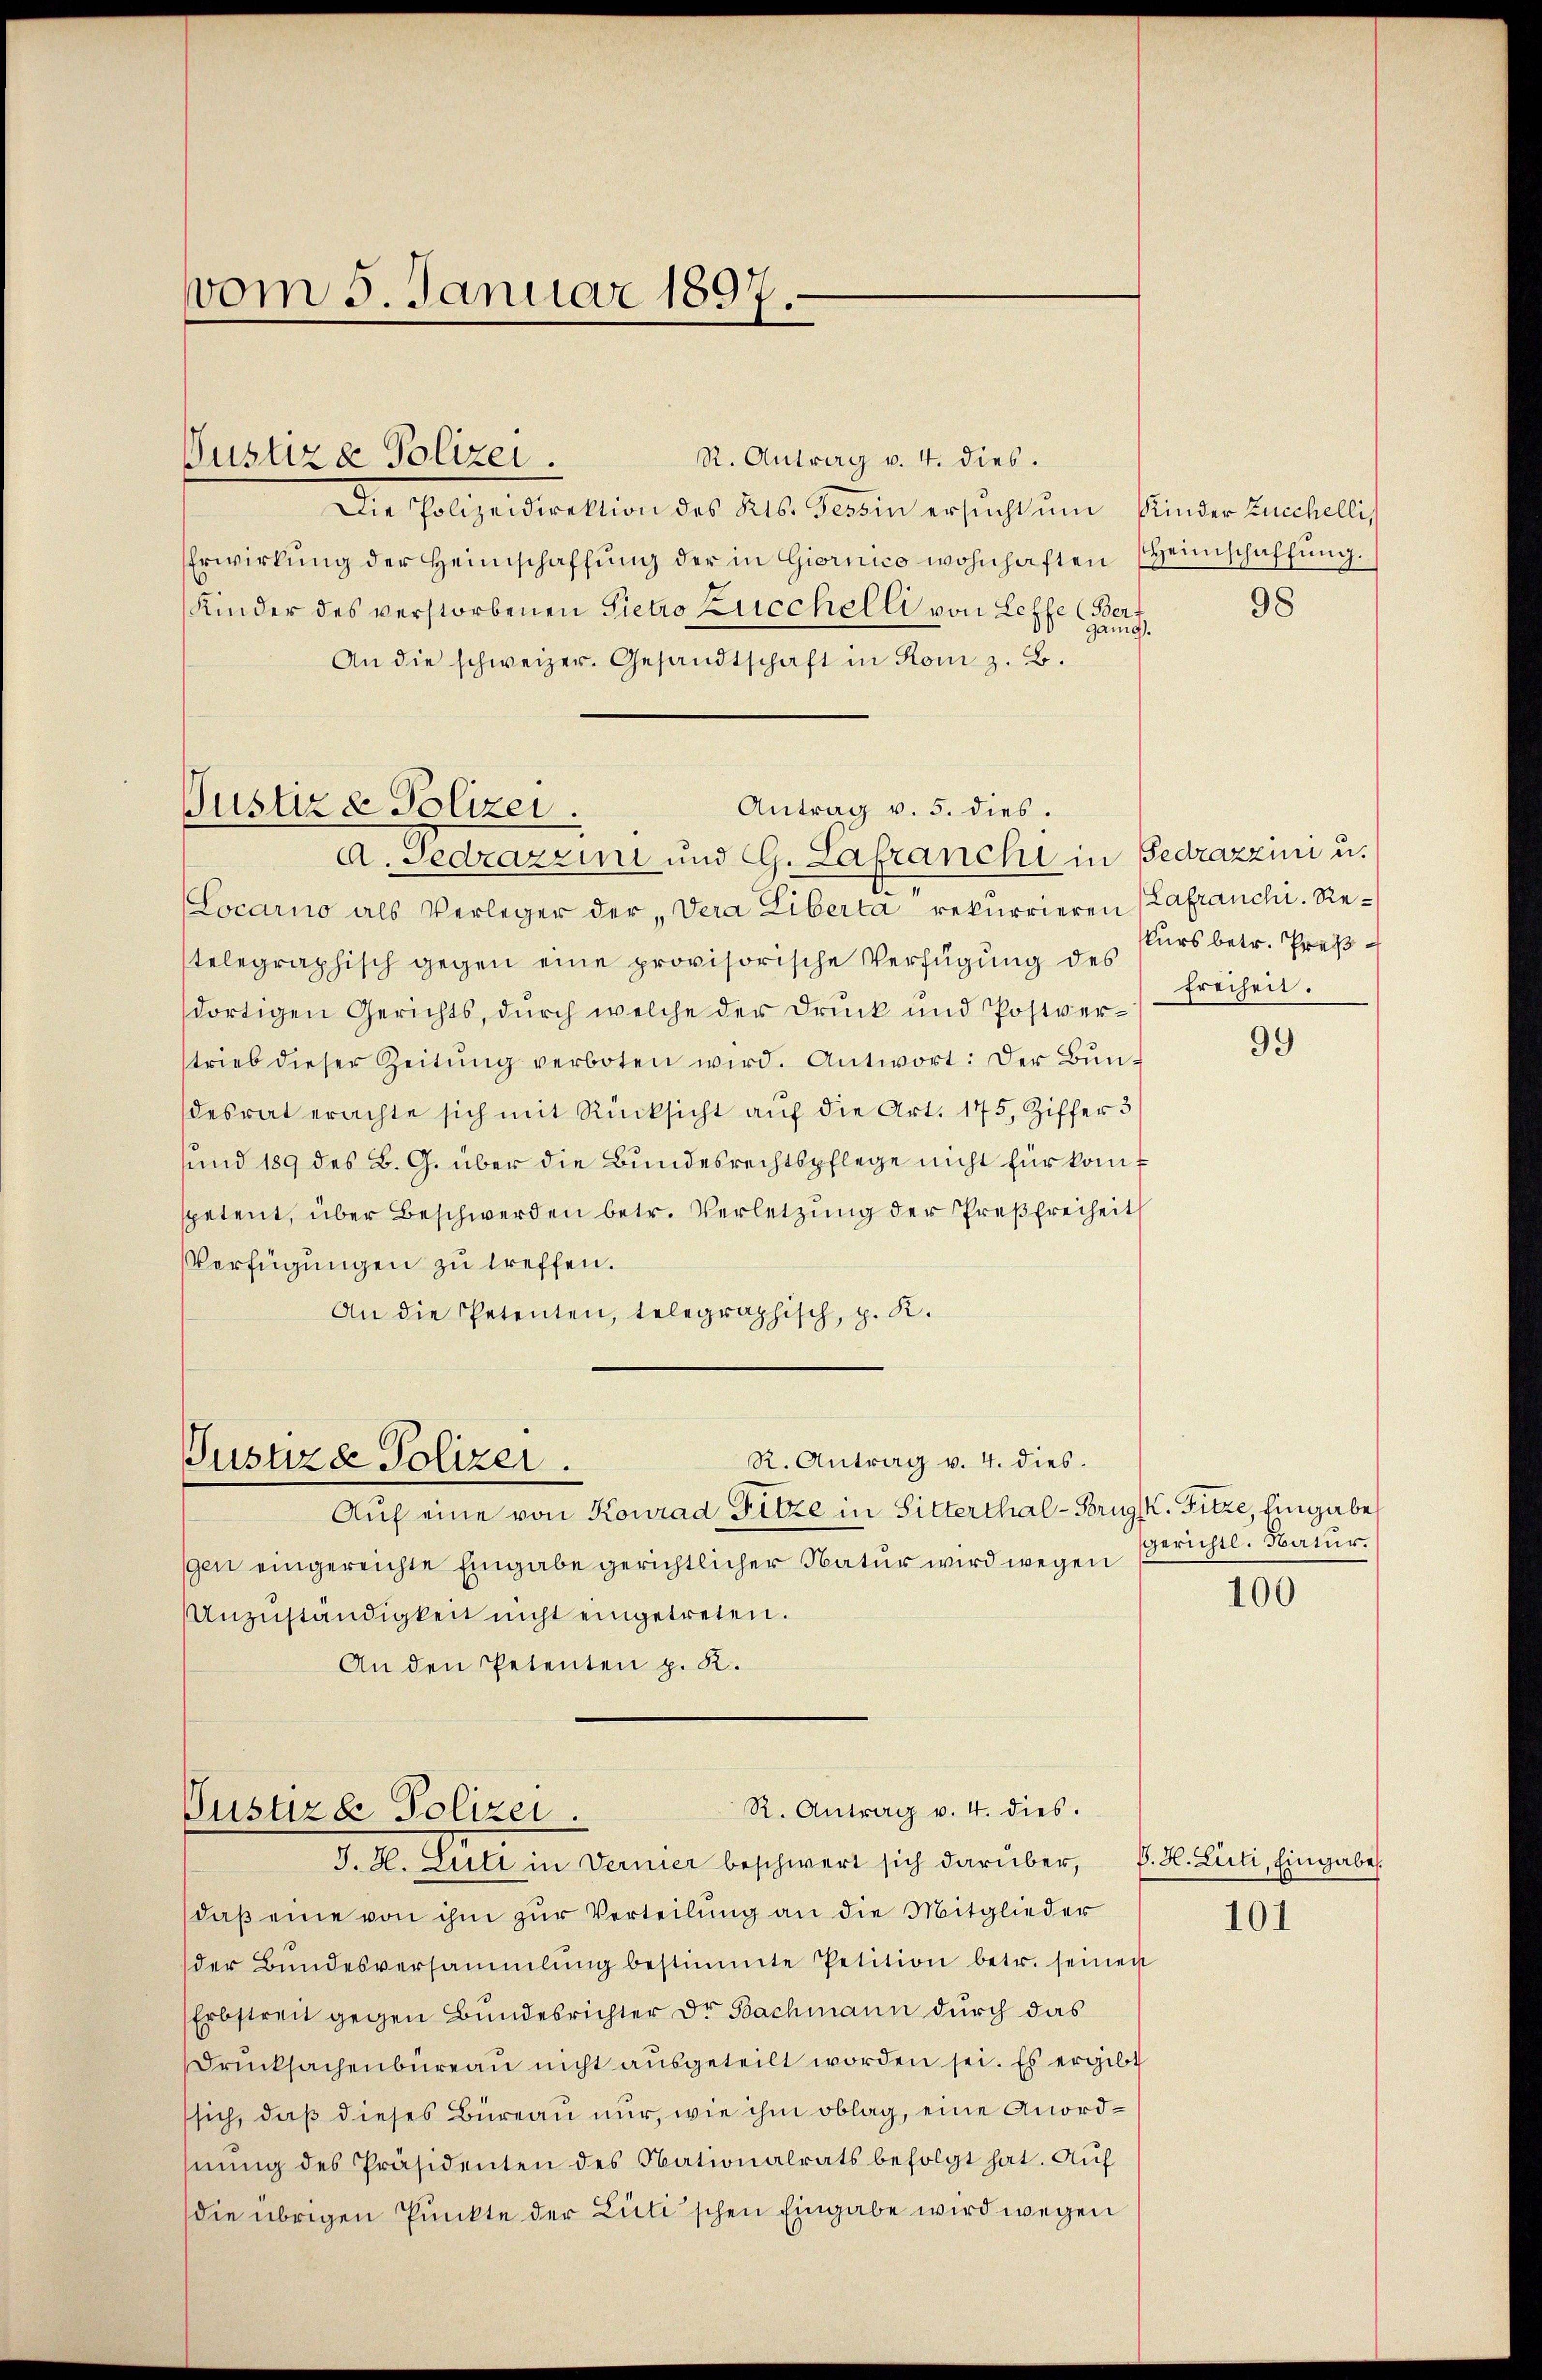
R. Antrag v. 4. dies.
Die Polizeidirektion des Kts. Tessin ersucht um Kinder Einhellis
Erwirkung der Heimschaffung der in Giornico wohnhaften (Heimschaffung.
Kinder des verstorbenen Pietro Zucchelli von Lehre Ganz
An die schweizer. Gesandtschaft in Rom z. B.
d. Gedrazzini und G. Lafranchi in Gedrazzen u.
Locarno als Verleger der Vera Liberta rekurrieren (Lafranchi. Retelegraphisch gegen eine provisorische Verfügung des
dortigen Gerichts, durch welche der Druck und Postverstrieb dieser Zeitŭng verboten wird. Antwort: Der Bundesrat erachte sich mit Rücksicht auf die Art. 175, Ziffer 3
sund 189 des B. G. über die Bundesrechtspflege nicht für konf
spetent, über Beschwerden betr. Verletzung der Preßfreiheit
Verfügungen zu treffen.
An die Petenten, telegraphisch, p. K.

vom 5. Januar 1897.

Justiza Polizei.

Antrag v. 5. dies.
Justiz & Polizei.

Auf eine von Konrad Fitze in Sitterthal-Brugsk. Fitze, Eingabe
gen eingereichte Eingabe gerichtlicher Natur wird wegen
Anzuständigkeit nicht eingetreten.
An den Petenten p. K.

Justizd Polizei.

R. Antrag v. 4. dies

daß eine von ihm zur Verteilung an die Mitglieder
der Bŭndesversammlung bestimmte Petition betr. seinen
Erbstreit gegen Bundesrichter Dr Bachmann durch das
Drucksachenbureau nicht ausgeteilt worden sei. Es ergibt
sich, daß dieses Büreau nur, wie ihm oblag, eine Anordhnŭng des Präsidenten des Nationalrats befolgt hat. Auf
die übrigen Punkte der Lüti'schen Eingabe wird wegen

R. Antrag v. 4. dies.
Justizde Polizei.
J. H. Sule in Vernier beschwert sich darüber, B. H. Liti, Eingabe.

98

kurs betr. Preß
Freiheit.

99

gerichtl. Natur.

100

101